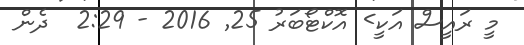
މީ ރައީސް އަކީ> އޮކްޓޯބަރު 25